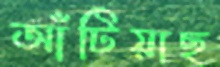
আঁটিয়াছ